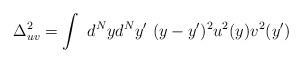
LaTeX: \begin{align*}\Delta_{uv}^2 = \int~d^N y d^N y'~(y-y')^2 u^2(y) v^2 (y')\end{align*}